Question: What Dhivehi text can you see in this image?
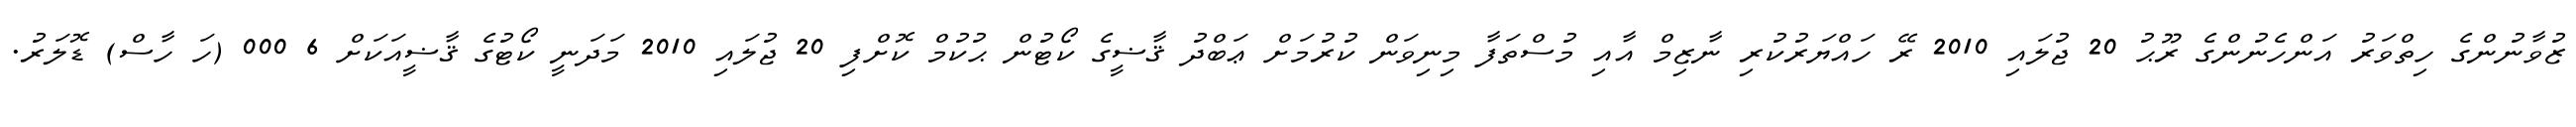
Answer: ޒުވާނުންގެ ހިތްވަރު އަންހެނުންގެ ރޫޙު 20 ޖުލައި 2010 ރޭ ހައްޔަރުކުރި ނާޒިމް އާއި މުސްތަފާ މިނިވަން ކުރުމަށް ޢަބްދު ޤާޟީގެ ކޯޓުން ޙުކުމް ކޮށްފި 20 ޖުލައި 2010 މަދަނީ ކޯޓުގެ ޤާޟީއަކަށް 6 000 (ހަ ހާސް) ޑޮލަރު.